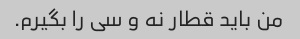
من باید قطار نه و سی را بگیرم.